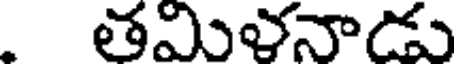
తమిళనాడు